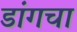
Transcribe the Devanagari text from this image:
डांगचा